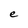
Character: e